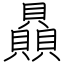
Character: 贔